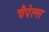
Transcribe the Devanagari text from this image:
चैपेल्स